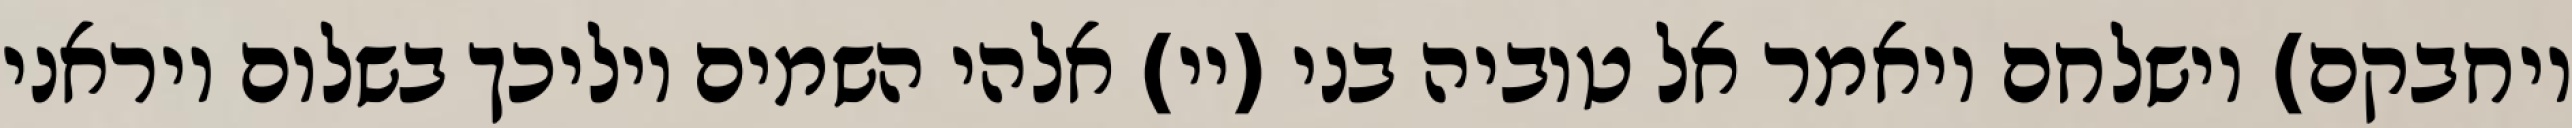
ויחבקם) וישלחם ויאמר אל טוביה בני (יי) אלהי השמים יוליכך בשלום ויראני